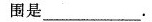
围是___.